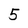
Character: 5